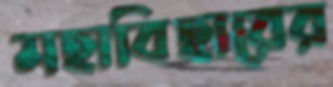
মহাবিহারের